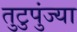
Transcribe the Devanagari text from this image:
तुटुपुंज्या